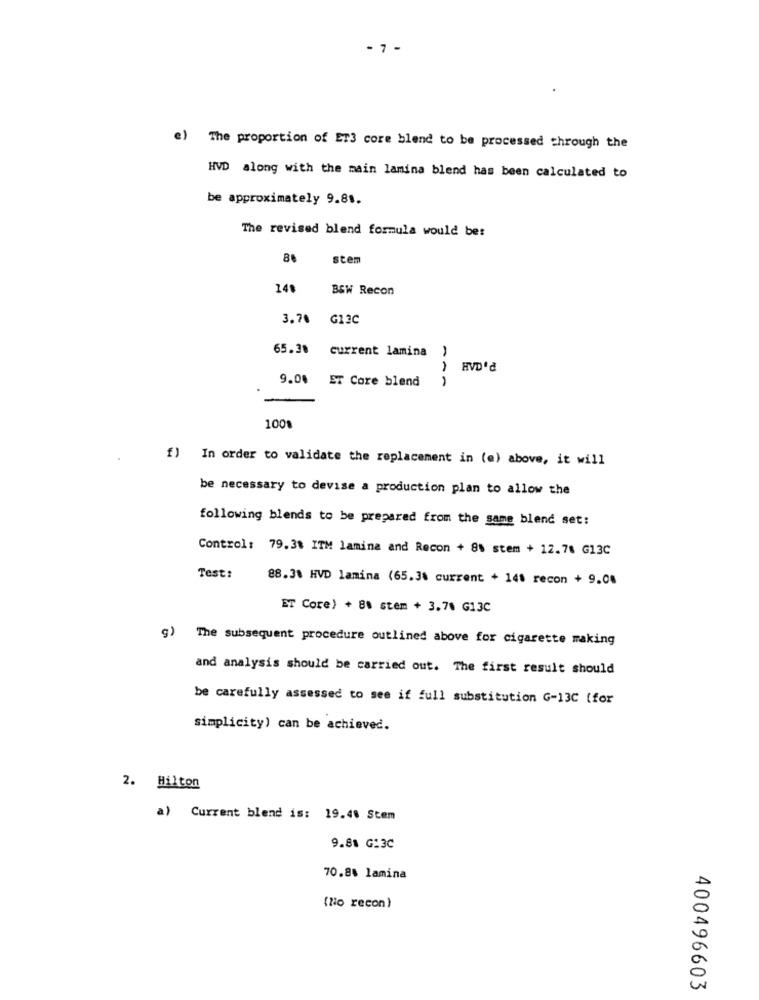
- 7 -
e) The proportion of ET3 core blend to be processed through the
HVD along with the main lamina blend has been calculated to
be approximately 9.81.
The revised blend formula would be:
88
stem
14%
BSW Recon
3.70 G13C
65.30 current lamina )
HVD'd
9.00 ET Core blend
100%
f) In order to validate the replacement in (e) above, it will
be necessary to devise a production plan to allow the
following blends to be prepared from the same blend set:
Control: 79.38 ITM lamina and Recon + 8% stem + 12.78 G13C
Test:
88.30 HVD lamina (65.3% current + 141 recon + 9.08
ET Core) + 8% stem + 3.78 G13C
g) The subsequent procedure outlined above for cigarette making
and analysis should be carried out. The first result should
be carefully assessed to see if full substitution G-13C (for
simplicity) can be achieved.
2. Hilton
a) Current blend is: 19.40 Stem
9.88 G13C
70.8% lamina
(Nio recon)
400496603